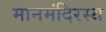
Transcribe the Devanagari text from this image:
मानमंदिरस्थ